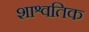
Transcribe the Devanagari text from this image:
शाश्वतिक